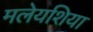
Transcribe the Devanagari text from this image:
मलेयशिया